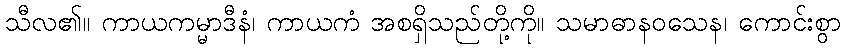
သီလ၏။ ကာယကမ္မာဒီနံ၊ ကာယကံ အစရှိသည်တို့ကို။ သမာဓာနဝသေန၊ ကောင်းစွာ